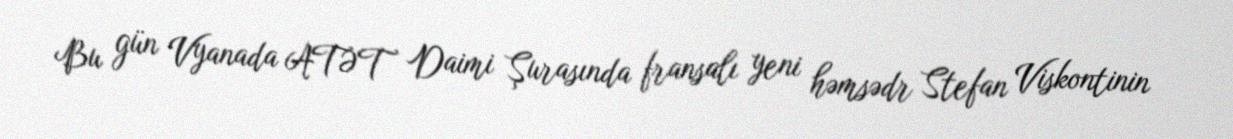
Bu gün Vyanada ATƏT Daimi Şurasında fransalı yeni həmsədr Stefan Viskontinin